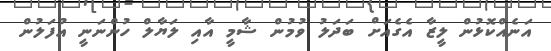
އަނެއްކޮޅުން ލީޒާ އެގެއަށް ބަދަލު ވުމުން ޝާމީ އާއި ލަޔާލް ހުންނަނީ އުފަލުން